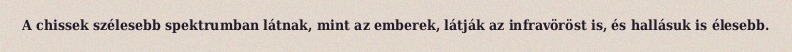
A chissek szélesebb spektrumban látnak, mint az emberek, látják az infravöröst is, és hallásuk is élesebb.